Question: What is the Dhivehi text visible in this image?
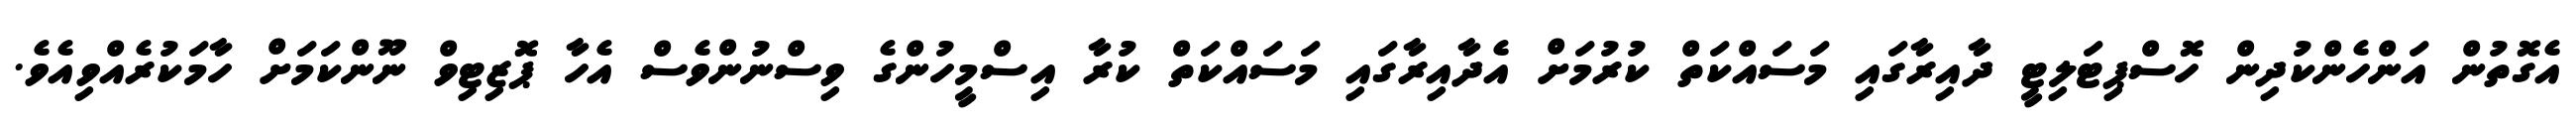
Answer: އެގޮތުން އަންހެންކުދިން ހޮސްޕިޓަލިޓީ ދާއިރާގައި މަސައްކަތް ކުރުމަށް އެދާއިރާގައި މަސައްކަތް ކުރާ އިސްމީހުންގެ ވިސްނުންވެސް އެހާ ޕޮޒިޓިވް ނޫންކަމަށް ހާމަކުރެއްވިއެވެ.